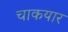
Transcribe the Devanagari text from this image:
चाकयार